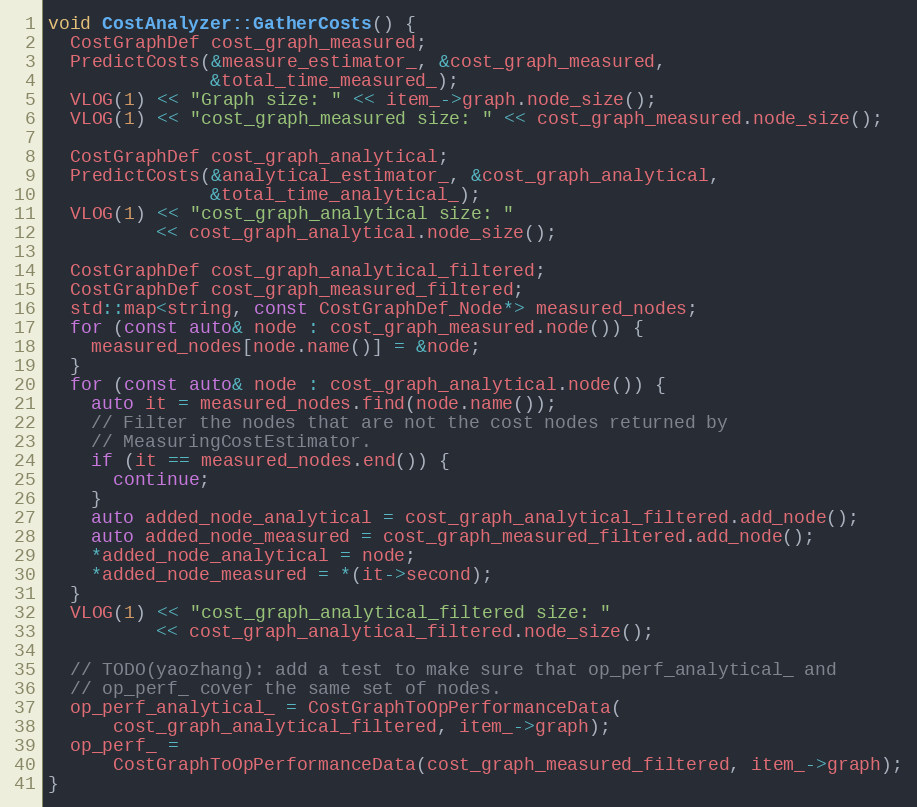
Language: C++
void CostAnalyzer::GatherCosts() {
  CostGraphDef cost_graph_measured;
  PredictCosts(&measure_estimator_, &cost_graph_measured,
               &total_time_measured_);
  VLOG(1) << "Graph size: " << item_->graph.node_size();
  VLOG(1) << "cost_graph_measured size: " << cost_graph_measured.node_size();

  CostGraphDef cost_graph_analytical;
  PredictCosts(&analytical_estimator_, &cost_graph_analytical,
               &total_time_analytical_);
  VLOG(1) << "cost_graph_analytical size: "
          << cost_graph_analytical.node_size();

  CostGraphDef cost_graph_analytical_filtered;
  CostGraphDef cost_graph_measured_filtered;
  std::map<string, const CostGraphDef_Node*> measured_nodes;
  for (const auto& node : cost_graph_measured.node()) {
    measured_nodes[node.name()] = &node;
  }
  for (const auto& node : cost_graph_analytical.node()) {
    auto it = measured_nodes.find(node.name());
    // Filter the nodes that are not the cost nodes returned by
    // MeasuringCostEstimator.
    if (it == measured_nodes.end()) {
      continue;
    }
    auto added_node_analytical = cost_graph_analytical_filtered.add_node();
    auto added_node_measured = cost_graph_measured_filtered.add_node();
    *added_node_analytical = node;
    *added_node_measured = *(it->second);
  }
  VLOG(1) << "cost_graph_analytical_filtered size: "
          << cost_graph_analytical_filtered.node_size();

  // TODO(yaozhang): add a test to make sure that op_perf_analytical_ and
  // op_perf_ cover the same set of nodes.
  op_perf_analytical_ = CostGraphToOpPerformanceData(
      cost_graph_analytical_filtered, item_->graph);
  op_perf_ =
      CostGraphToOpPerformanceData(cost_graph_measured_filtered, item_->graph);
}